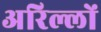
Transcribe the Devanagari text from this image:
अरिल्लों